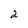
Character: 2